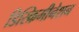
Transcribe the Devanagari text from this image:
डिस्क्रिमीनेशन